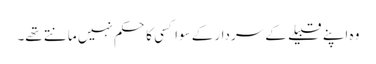
وہ اپنے قبیلے کے سردار کے سوا کسی کا حکم نہیں مانتے تھے۔